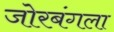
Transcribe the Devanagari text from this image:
जोरबंगला